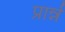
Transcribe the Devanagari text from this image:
प्रार्न्न